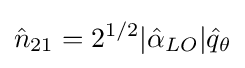
{\hat {n}}_{21}=2^{1/2}|{\hat {\alpha }}_{LO}|{\hat {q}}_{\theta }